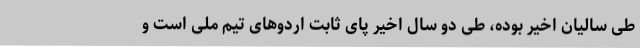
طی سالیان اخیر بوده، طی دو سال اخیر پای ثابت اردوهای تیم ملی است و